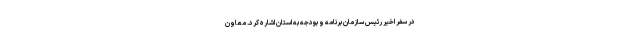
در سفر اخیر رئیس سازمان برنامه و بودجه به استان اشاره کرد. معاون